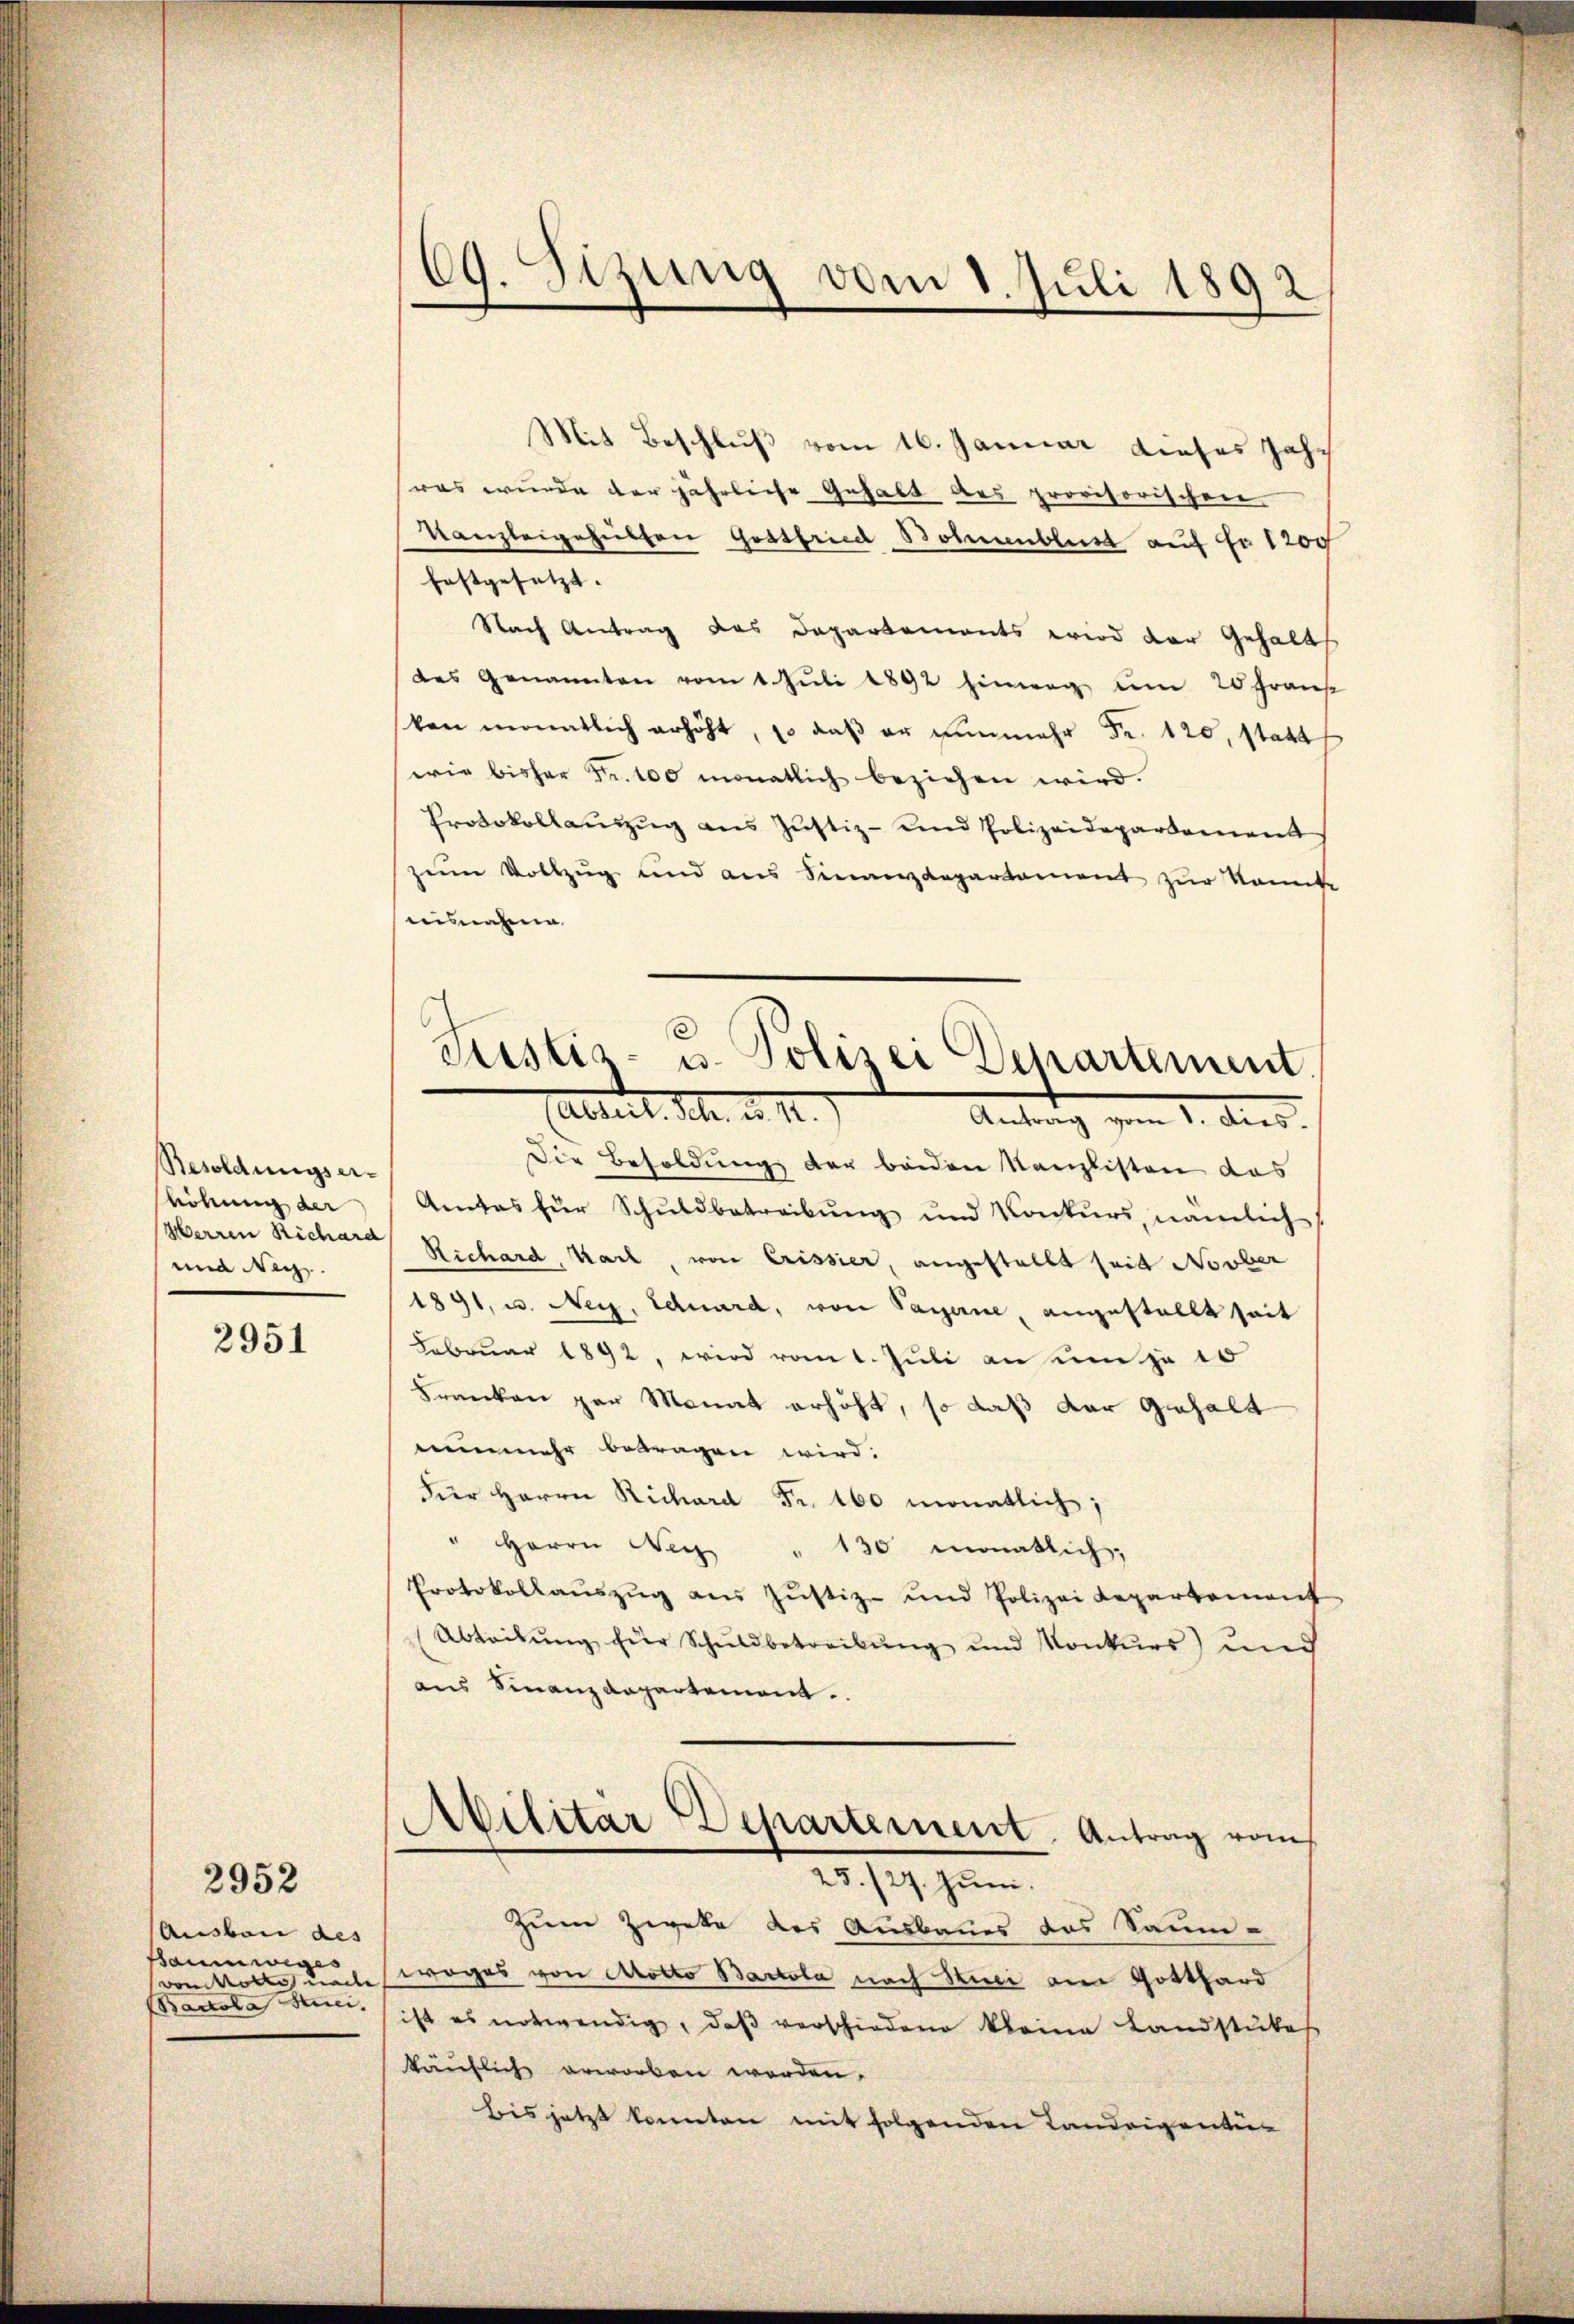
Resoldungserhöhnung der
Herren Richard
und Rec

2951

2952

Ausbau des
staumeis
vom Kolle mache |
Bacola Strei

69. Sizung vom 1. Juli 1892

Mit Beschluß vom 16. Januar dieses Jahr
was wurde der jährliche Gehalt des provisorischen
Kanzleigehülfen Gottfried Bommenblust auf Fr. 1200
festgesetzt.
Nach Antrag des Departements wird der Gehalts
des Genannten vom 1. Jŭli 1892 hinweg, um 20 Franz
kon monatlich erhöht, so daβ er nunmehr Fr. 120, statt
wie bisher Fr. 100 monatlich beziehen wird.
Protokollaŭszŭg ans Justiz- und Polizeidepartement
zŭm Vollzug und aus Finanzdepartament zŭr konnte
ausnahme
Abteil. Schr. d. 12.
1. Aus
Die Besoldung der beiden Kanzlisten das
Amtes für Schŭldbetreibŭng und Konkŭrs, nämlich
Richard, Karl, von Crissier, angestellt seit Novber
1891, u. Nei. Eduard, von Payerne, angestellt seit
Februar 1892, wird vom 1. Juli an um je 10
Franken par Monat erhöht, so daß der gehalt
nunmehr betragen wird:
fier Herrn Richard Fr. 160 monatlich;
" Herrn Weg 130 monatlich,
Protokollaŭszŭg ans Jŭstiz- und Polizei Repartement
Abteilŭng für Schuldbetreibŭng und Konkurs und
aus Finanzdepartement.
Abilitär Departement. Antrag vom
25./27. Juni.
Zum Zweke des Ausbaues das Saum-
woges von Notto Bartola nach Stuci am Gotthard
ist es notwendig, daß verschiedene kleine Landstüke
käuflich erworben worden.
bis jetzt konnten mit folgenden Landeigentur

e
Justiz- u. Polizei Departement.